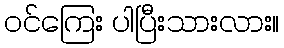
ဝင်ကြေး ပါပြီးသားလား။